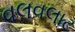
વલવલાટ